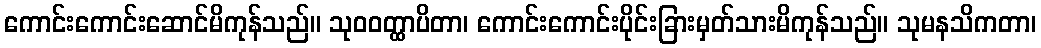
ကောင်းကောင်းဆောင်မိကုန်သည်။ သုဝဝတ္ထာပိတာ၊ ကောင်းကောင်းပိုင်းခြားမှတ်သားမိကုန်သည်။ သုမနသိကတာ၊